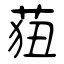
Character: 莥